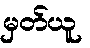
မှတ်ယူ